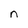
Character: n